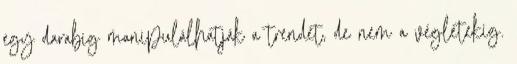
egy darabig manipulálhatják a trendet, de nem a végletekig.